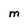
Character: M